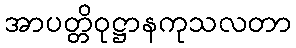
အာပတ္တိဝုဋ္ဌာနကုသလတာ